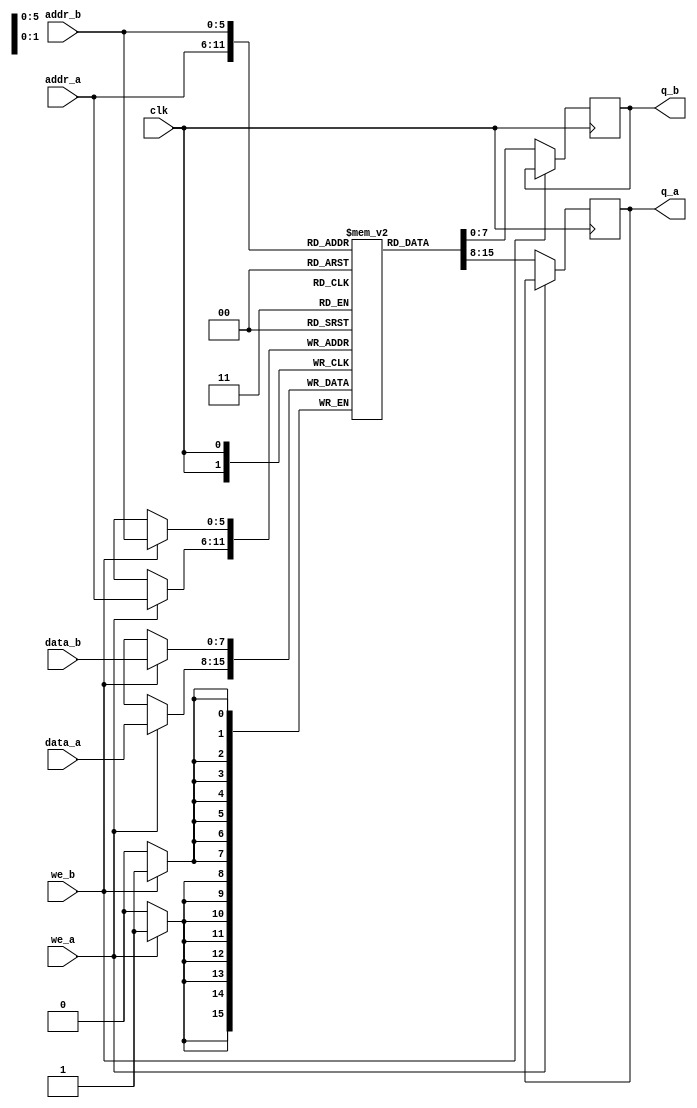
`timescale 1ns / 1ps
// Dual Port RAM
// Has two sets of address and data bus, it can read and write different memory cells at different addresses
module dual_port_ram(
    input [7:0] data_a,data_b,// Data buses
    input [5:0] addr_a, addr_b,// Address
    input we_a,we_b,// write and read signals
    input clk,
    output reg [7:0] q_a,q_b // outputs of sets
    );
    
    // Define the RAM
    reg [7:0] ram[63:0]; // 64*8 Bit
    
    // Port A
    always @ (posedge clk)
    begin 
        if(we_a) // High level is write
            ram[addr_a] <= data_a; // save to the memory
        else
            q_a <= ram[addr_a]; // read data out
    end

    // Port B
    always @ (posedge clk)
    begin 
        if(we_b) // High level is write
            ram[addr_b] <= data_b; // save to the memory
        else
            q_b <= ram[addr_b]; // read data out
    end   
    
endmodule